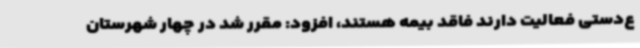
ع‌دستی فعالیت دارند فاقد بیمه هستند، افزود: مقرر شد در چهار شهرستان